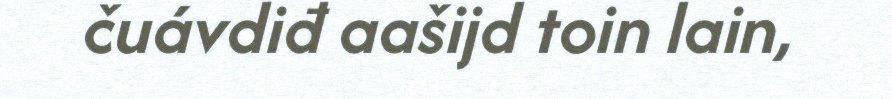
čuávdiđ aašijd toin lain,